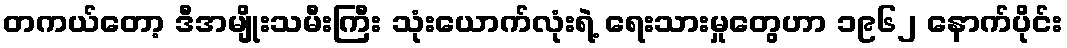
တကယ်တော့ ဒီအမျိုးသမီးကြီး သုံးယောက်လုံးရဲ့ ရေးသားမှုတွေဟာ ၁၉၆၂ နောက်ပိုင်း